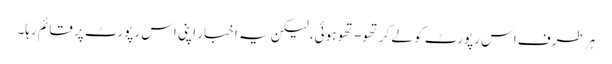
ہر طرف اس رپورٹ کو لے کر تھو- تھو ہوئی، لیکن یہ اخبار اپنی اس رپورٹ پر قائم رہا۔